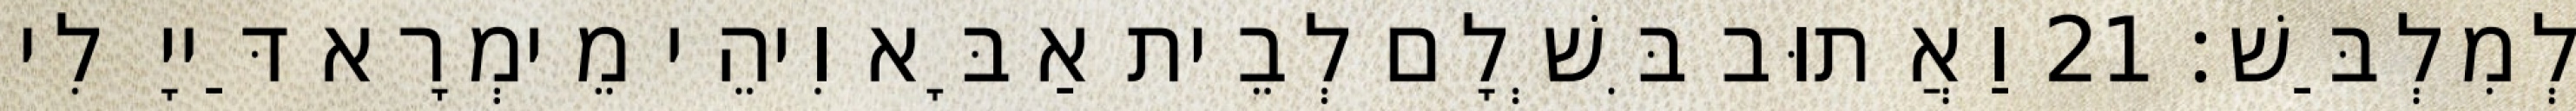
לְמִלְבַּשׁ׃ 21 וַאֲתוּב בִּשְׁלָם לְבֵית אַבָּא וִיהֵי מֵימְרָא דַּייָ לִי